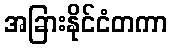
အခြားနိုင်ငံတကာ